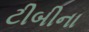
ટીબીના